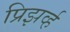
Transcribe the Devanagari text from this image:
प्रिझर्व्ह